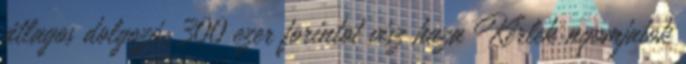
átlagos dolgozó, 300 ezer forintot visz haza Kérlek nyomjatok